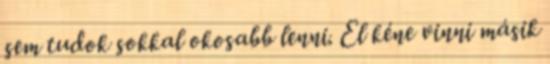
sem tudok sokkal okosabb lenni. El kéne vinni másik